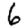
Digit: 6